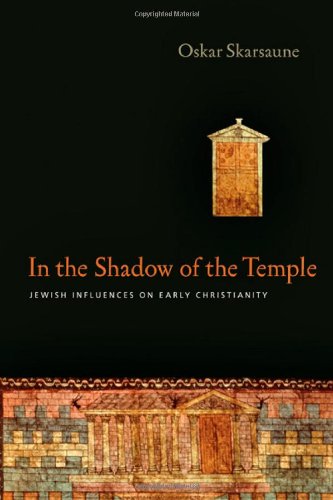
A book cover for In the Shadow of the Temple: Jewish Influences on Early Christianity; Oskar Skarsaune; Christian Books & Bibles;